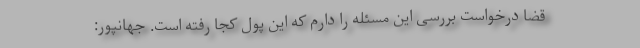
قضا درخواست بررسی این مسئله را دارم که این پول کجا رفته است. جهانپور: